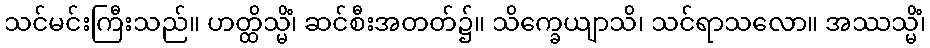
သင်မင်းကြီးသည်။ ဟတ္ထိသ္မိံ၊ ဆင်စီးအတတ်၌။ သိက္ခေယျာသိ၊ သင်ရာသလော။ အဿသ္မိံ၊